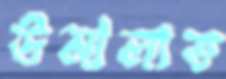
উমালাত